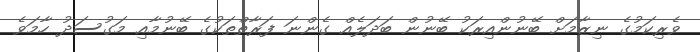
ވެރިކަމުގެ ނިޒާމަށް ބޭނުންއިރަކު ބޭނުން ބަދަލެއް ގެންނަ ފަރާތްތަކުގެ ބޭނުމާއި މަގުސަދު ހާމަވެ